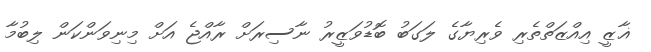
ޣާޒީ އިއްޒަތްތެރި ވެރިޔާގެ ލަގަބު ބޮޑުވަޒީރު ނާސިރަށް ރާއްޖެ އަށް މިނިވަންކަން ލިބުމާ